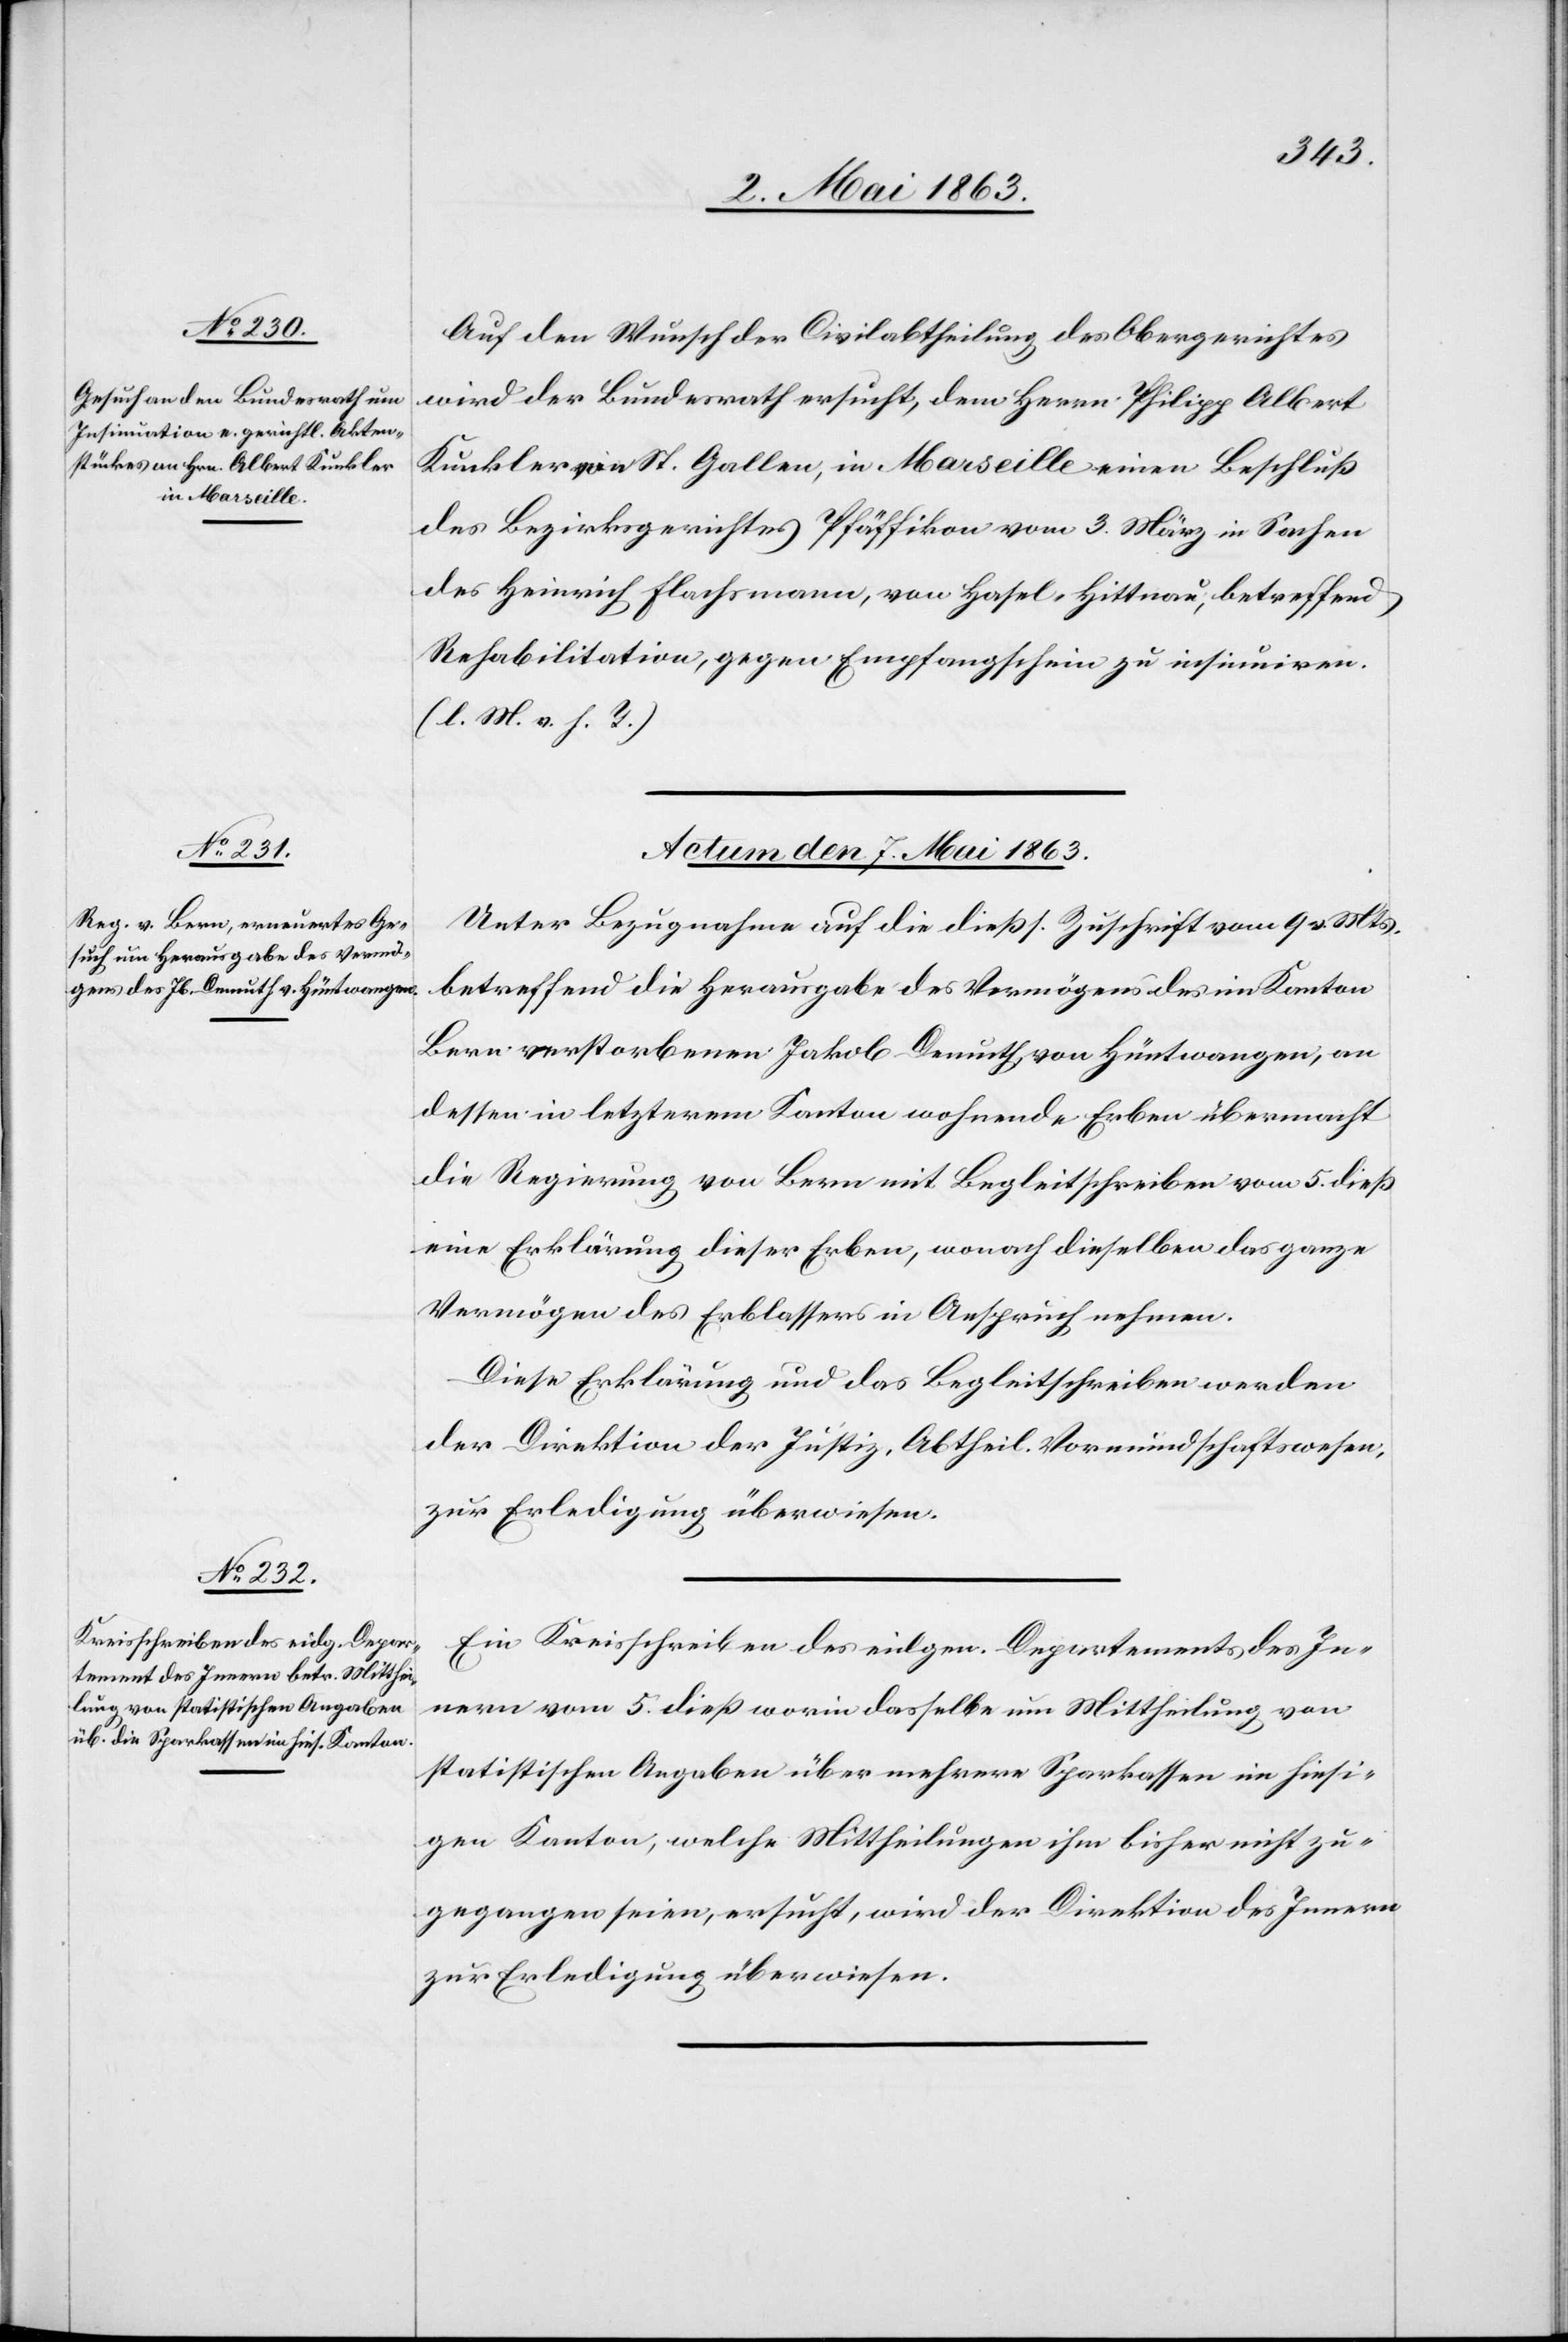
Auf den Wunsch der Civilabtheilung des Obergerichtes
wird der Bundesrath ersucht, dem Herrn Philipp Albert
Kunkler von St. Gallen, in Marseille einen Beschluß
des Bezirksgerichtes Pfäffikon vom 3. März in Sachen
des Heinrich Flachsmann, von Hasel-Hittnau, betreffend
Rehabilitation, gegen Empfangschein zu insinuiren.
(l. M. v. h. T.)
Actum den 7. Mai 1863.]
Unter Bezugnahme auf die dießs. Zuschrift vom 9. v. Mts.
betreffend die Herausgabe des Vermögens des im Kanton
Bern verstorbenen Jakob Demuth von Hüntwangen, an
dessen in letzterem Kanton wohnende Erben übermacht
die Regierung von Bern mit Begleitschreiben vom 5. dieß
eine Erklärung dieser Erben, wonach dieselben das ganze
Vermögen des Erblassers in Anspruch nehmen.
Diese Erklärung und das Begleitschreiben werden
der Direktion der Justiz, Abtheil. Vormundschaftswesen,
zur Erledigung überwiesen.
Ein Kreisschreiben des eidgen. Departements des In¬
nern vom 5. dieß worin dasselbe um Mittheilung von
statistischen Angaben über mehrere Sparkassen im hiesi¬
gen Kanton, welche Mittheilung ihm bisher nicht zu¬
gegangen seien, ersucht, wird der Direktion des Innern
zur Erledigung überwiesen.